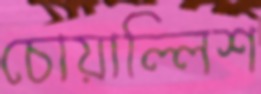
চোয়াল্লিশ